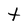
Character: t